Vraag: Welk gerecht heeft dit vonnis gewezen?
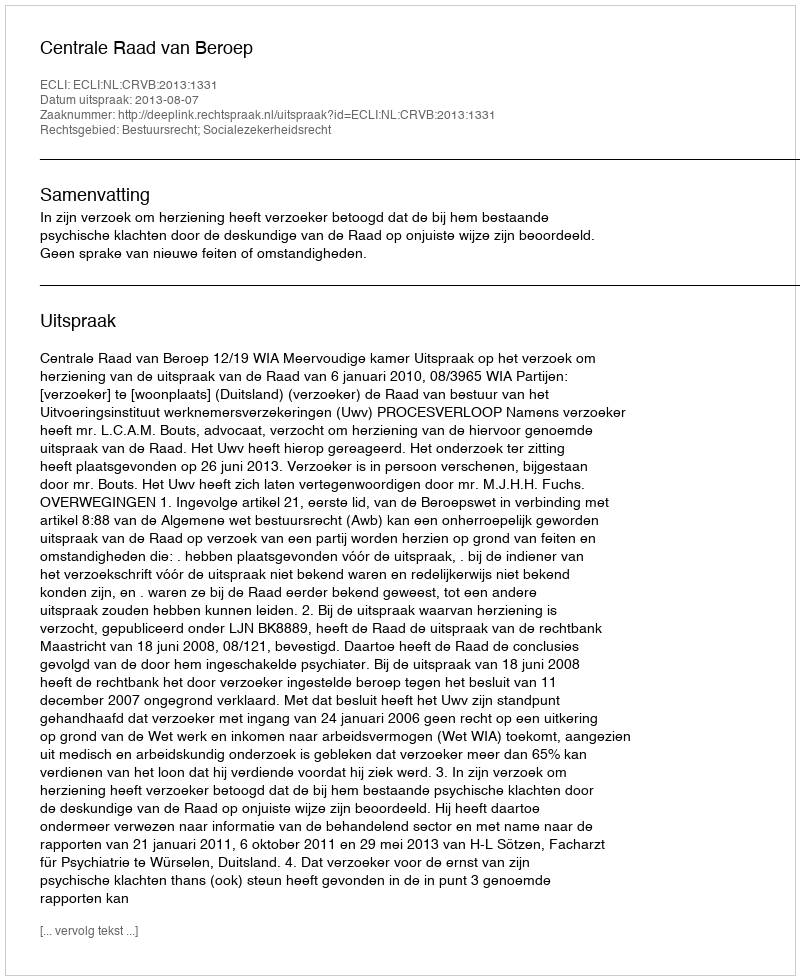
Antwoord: Centrale Raad van Beroep